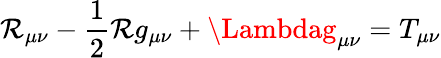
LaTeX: \mathcal{R}_{\mu\nu}-{\frac{{1}}{{2}}}\mathcal{R}g_{\mu\nu}+\Lambdag_{\mu\nu}=T_{\mu\nu}